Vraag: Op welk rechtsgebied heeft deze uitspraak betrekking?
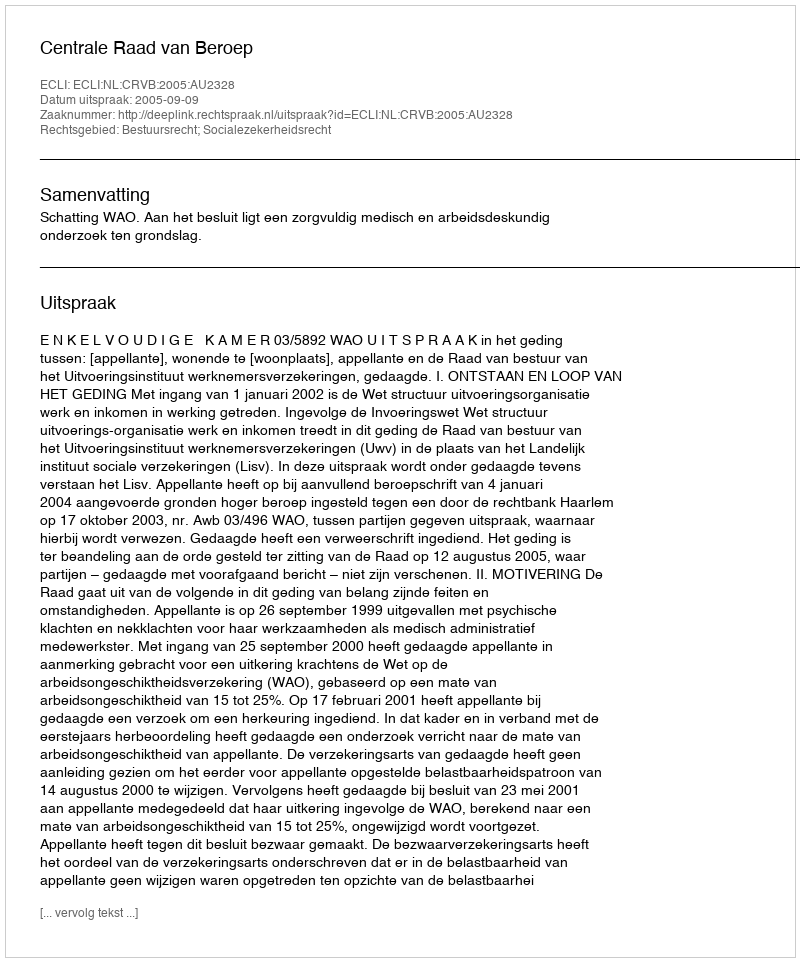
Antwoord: Bestuursrecht; Socialezekerheidsrecht